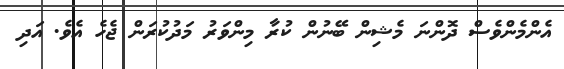
އެންމެންވެސް ދޮންނަ މެޝިން ބޭނުން ކުރާ މިންވަރު މަދުކުރަން ޖެހެ އެވެ. އަދި